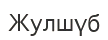
Жулшүб